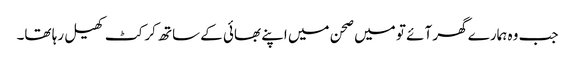
جب وہ ہمارے گھر آئے تو میں صحن میں اپنے بھائی کے ساتھ کرکٹ کھیل رہا تھا۔